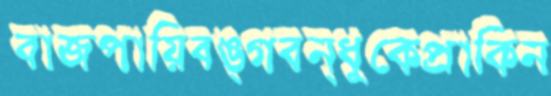
বাজপায়িবঙ্গবন্ধুকেপ্রাকিন